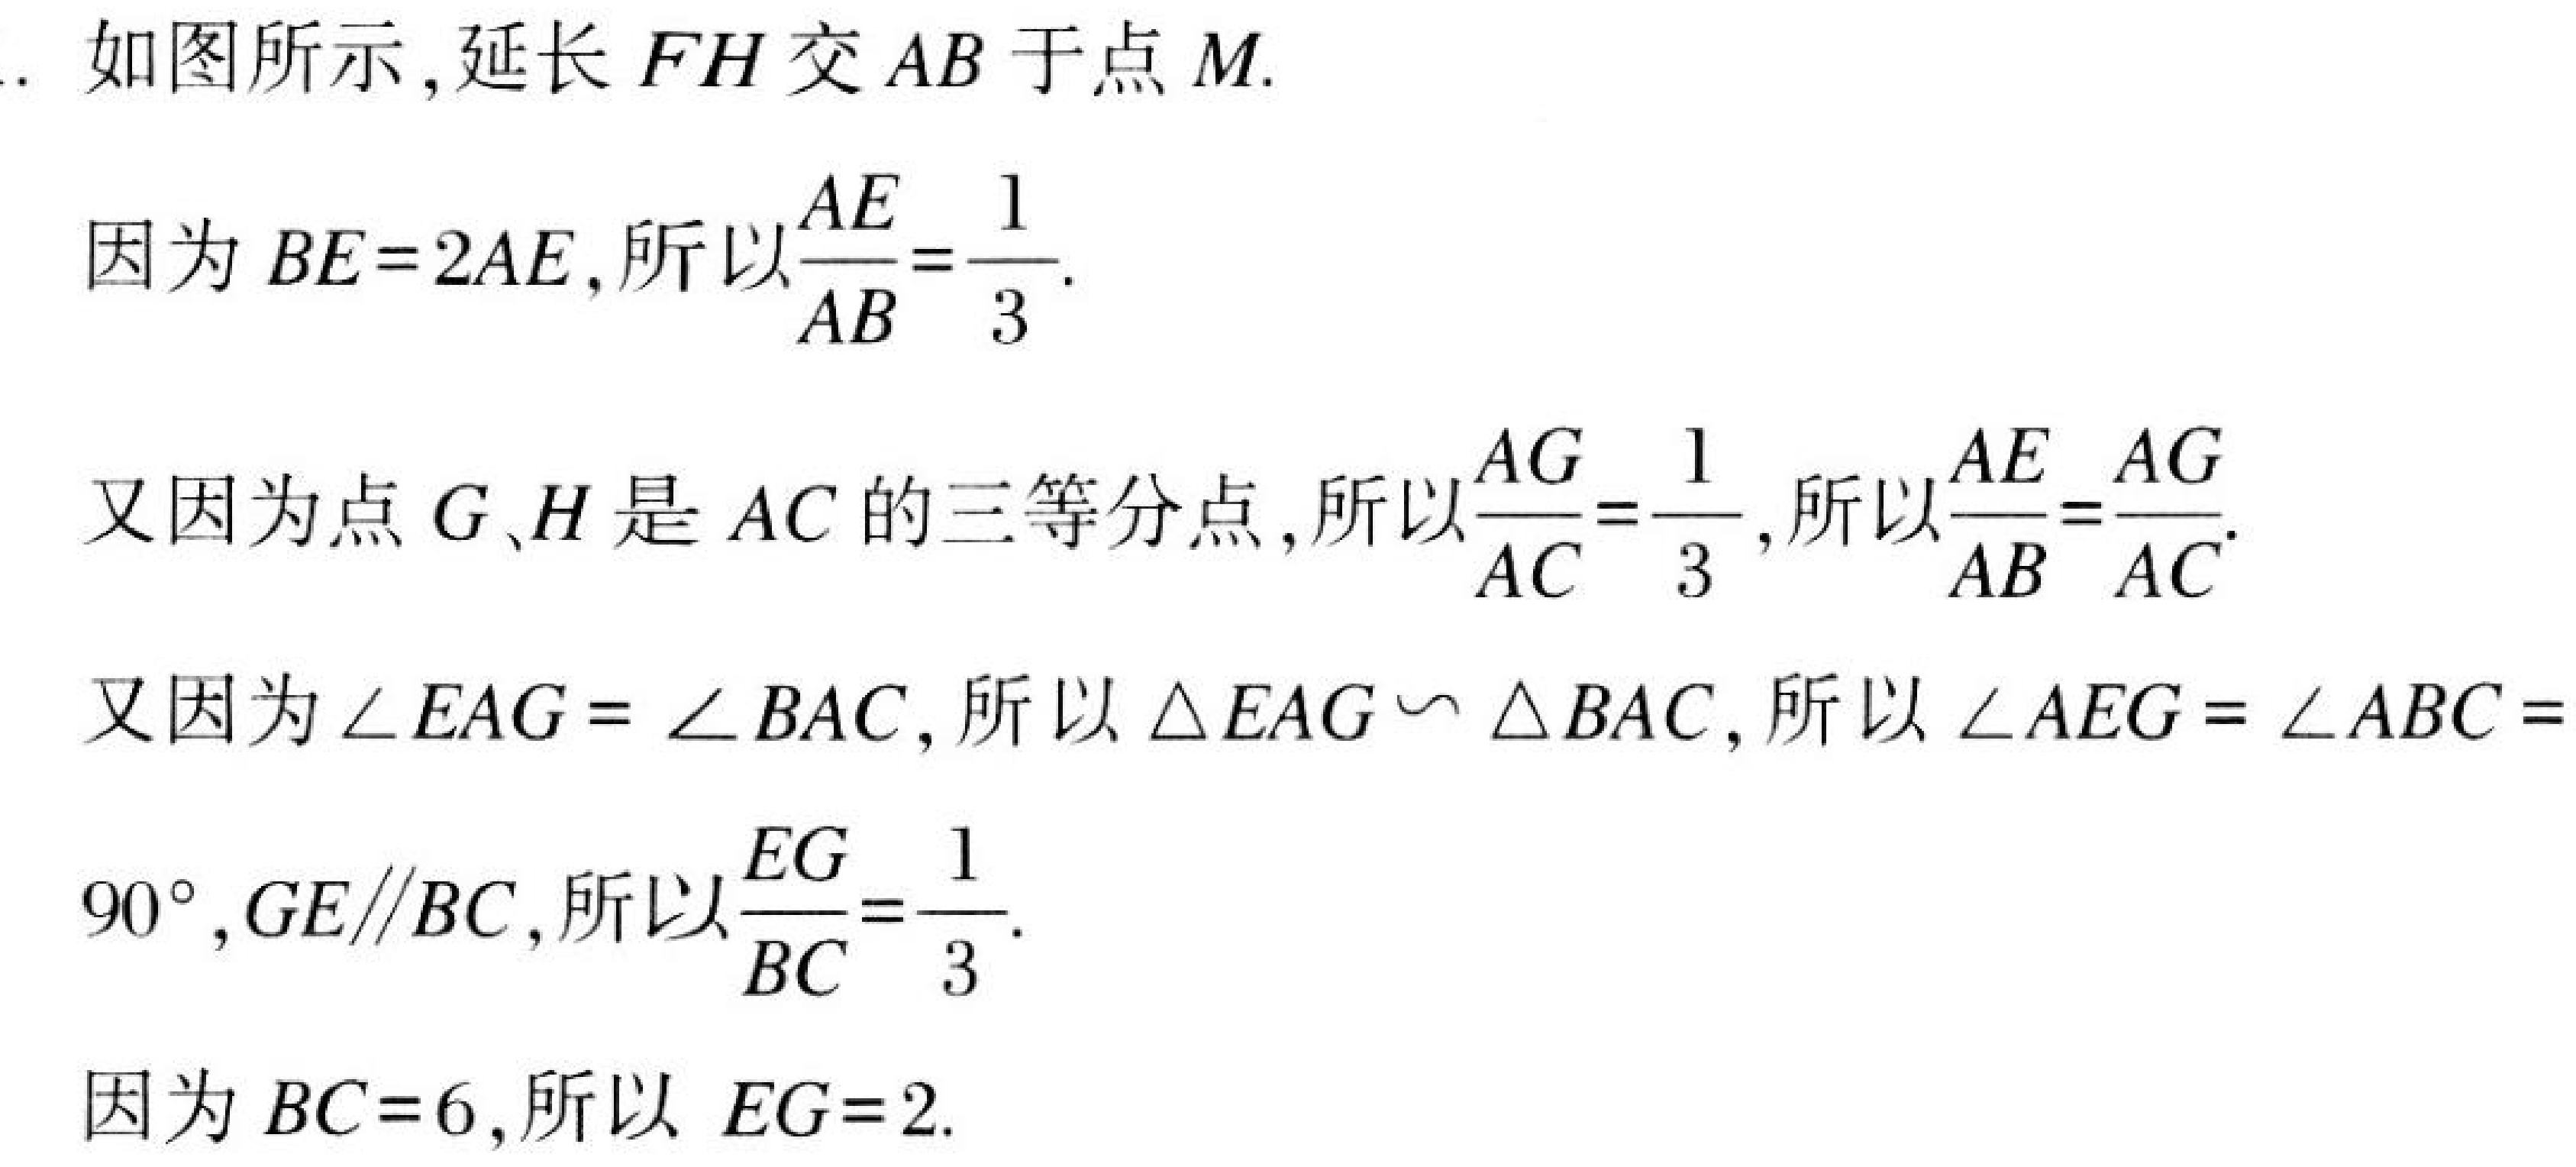
. 如图所示,延长 \(FH\) 交 \(AB\) 于点 \(M\).
因为 \(BE = 2AE\),所以\(\frac{AE}{AB}=\frac{1}{3}\).
又因为点 \(G、H\) 是 \(AC\) 的三等分点,所以\(\frac{AG}{AC}=\frac{1}{3}\),所以\(\frac{AE}{AB}=\frac{AG}{AC}\).
又因为\(\angle EAG=\angle BAC\), 所以\(\triangle EAG\backsim\triangle BAC\), 所以\(\angle AEG=\angle ABC = 90^{\circ},GE\parallel BC\),所以\(\frac{EG}{BC}=\frac{1}{3}\).
因为 \(BC = 6\),所以 \(EG = 2\).